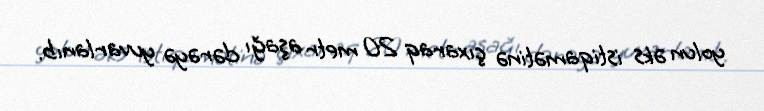
yolun əks istiqamətinə çıxaraq 20 metr aşağı dərəyə yuvarlanıb.